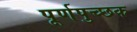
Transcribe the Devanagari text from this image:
पूर्णपुच्छक